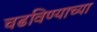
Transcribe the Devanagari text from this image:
चढविण्याच्या